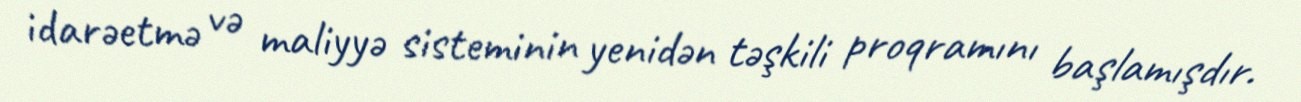
idarəetmə və maliyyə sisteminin yenidən təşkili proqramını başlamışdır.